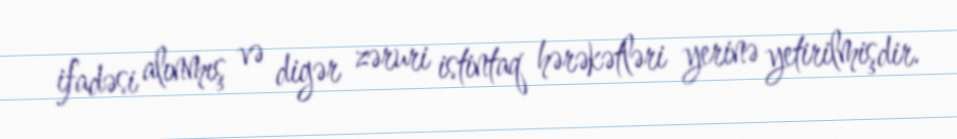
ifadəsi alınmış və digər zəruri istintaq hərəkətləri yerinə yetirilmişdir.